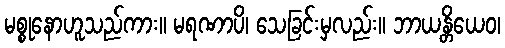
မစ္စုနောဟူသည်ကား။ မရဏာပိ၊ သေခြင်းမှလည်း။ ဘာယန္တိယေဝ၊